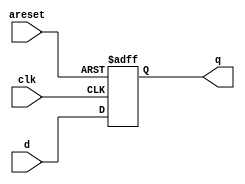
module top_module (
    input clk,
    input areset,
    input [7:0] d,
    output [7:0] q
);
    always@(posedge clk,posedge areset)begin
        if(areset)
            q <= 0;
        else
            q <= d;
    end

endmodule